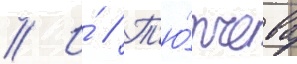
// И́ // Т'ю́тчева